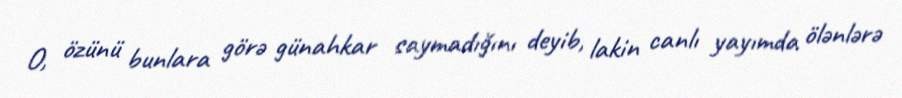
O, özünü bunlara görə günahkar saymadığını deyib, lakin canlı yayımda ölənlərə